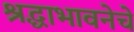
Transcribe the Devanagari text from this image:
श्रद्धाभावनेचे